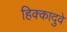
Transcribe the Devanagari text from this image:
हिक्कादुवे